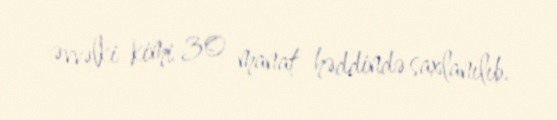
əvvəlki kimi 30 manat həddində saxlanılıb.